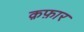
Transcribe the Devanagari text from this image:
क़फ़ार